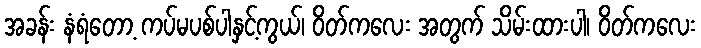
အခန်း နံရံတော့ ကပ်မပစ်ပါနှင့်ကွယ်၊ ဝိတ်ကလေး အတွက် သိမ်းထားပါ၊ ဝိတ်ကလေး